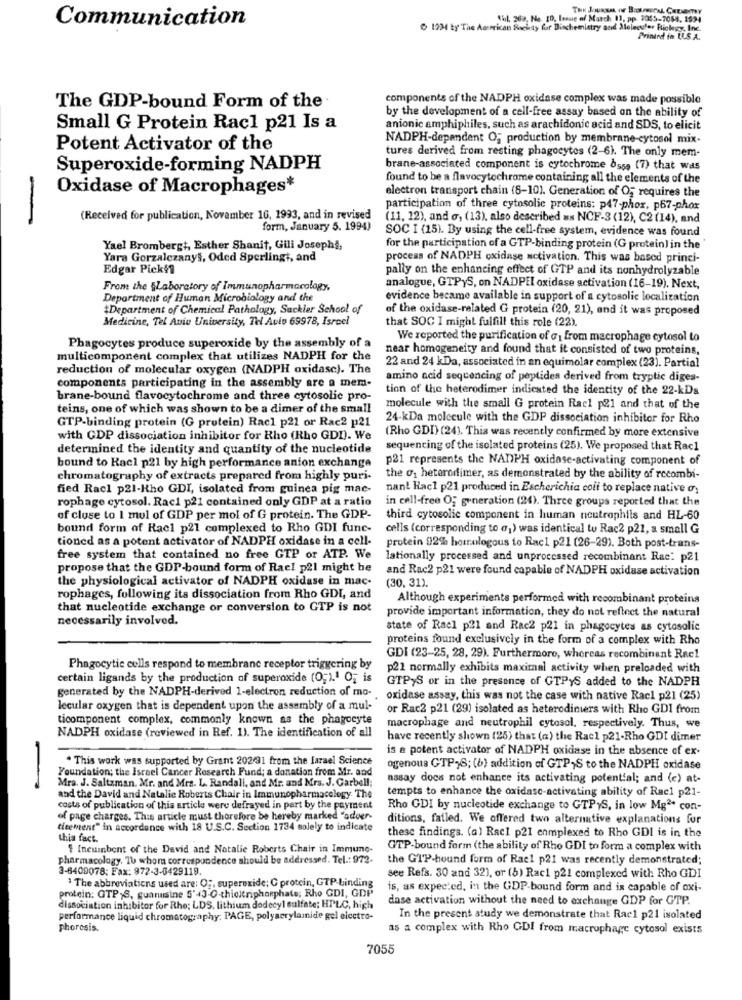
Nul. 269, Ne. [D, Issue of March 11, pp. 2055-7084. 1994
Communication
1234 ty The American Bachty for Dinchemistry and Molecular Biology, Inc.
Prinind in ULS.A.
components of the NADPH oxidase complex was made possible
The GDP-bound Form of the
by the development of a cell-free assay based on the ability of
Small G Protein Racl p21 Is a
anionic amphiphiles, such as arachidonic acid and SDS, to elicit
NADPH-dependent O, production by membrane-cytosol mix.
Potent Activator of the
tures derived from resting phagocytes (2-6). The only mem-
Superoxide-forming NADPH
brane-associated component is cytochrome bsss (7) that was
found to be a flavocytochrome containing all the elements of the
Oxidase of Macrophages*
electron transport chain (8-10). Generation of Og requires the
participation of three cytosolic proteins: p47-phox, p67-phox
-
(Received for publication, November 16, 1993, and in revised
(11, 12), and G, (13), also described as NCF-3 (12), C2 (14), and
form, January 5. 1994)
SOC I (15). By using the cell-free system, evidence was found
Yael Brombergt, Esther Shanit, Gili Joseph§,
for the participation of a GTP-binding protein (G protein) in the
Yara Gorzalczanys, Oded Sperlingt, and
process of NADPH oxidase activation. This was based princi-
Edgar Pickfl
pally on the enhancing effect of GTP and its nonhydrolyzable
From the SLaboratory of Immunopharmacology,
analogue, GTPYS, on NADPEI oxidase activation (16-19). Next,
Department of Human Microbiology and the
evidence became available in support of a cytosolic localization
*Department of Chemical Pathology, Sackler School of
of the oxidase-related G protein (20, 21), and it was proposed
Medicine, Tel Aviv University, Tel Aviv 69978, Israel
that SOC I might fulfill this role (22).
We reported the purification of G1 from macrophage cytosol to
Phagocytes produce superoxide by the assembly of a
near homogeneity and found that it consisted of two proteins,
multicomponent complex that utilizes NADPH for the
reduction of molecular oxygen (NADPH oxidase). The
22 and 24 kDa, associated in an equimolar complex (23). Partial
amino acid sequencing of peptides derived from tryptic diges-
components participating in the assembly are a mem-
tion of the heterodimer indicated the identity of the 22-kDs
brane-bound flavocytochrome and three cytosolic pro-
teins, one of which was shown to be a dimer of the small
molecule with the small G protein Racl p21 and that of the
GTP-binding protein (G protein) Racl p21 or Rac2 p21
24-kDa molecule with the GDP dissociation inhibitor for Rho
with GDP dissociation inhibitor for Rho (Rho GDI). We
(Rho GDI) (24). This was recently confirmed by more extensive
determined the identity and quantity of the nucleotide
sequencing of the isolated proteins (25). We proposed that Racl
p21 represents the NADPH oxidase-activating component of
bound to Racl p21 by high performance anion exchange
chromatography of extracts prepared from highly puri-
the o1 heterodimer, as demonstrated by the ability of recombi-
fied Racl p21-Hho GDI, isolated from guinea pig mae-
nant Hacl p21 produced in Escherichia coli to replace native o
rophage cytosol. Raci p21 contained only GDP at a ratio
in cell-free O; generation (24). Three groups reported that the
of close to I mul of GDP per mol of G protein. The GDP-
third cytosolie component in human neutrophils and HL-60
bound form of Racl p21 complexed to Rho GDI func-
cells (corresponding to o1) was identical to Rac2 p21, a small G
tioned as a potent activator of NADPH oxidase in a cell-
protein 92% homologous to Racl p21 (26-29). Both post-trans-
free system that contained no free GTP or ATP. We
lationally processed and unprocessed recombinant Rac: p21
propose that the GDP-bound form of Rael p21 might be
and Rac2 p21 were found capable of NADPH oxidase activation
the physiological activator of NADPH oxidase in mac-
(30, 31).
rophages, following its dissociation from Rho GDI, and
Although experiments performed with recombinant proteins
that nucleotide exchange or conversion to GTP is not
necessarily involved.
provide important information, they do not reflect the natural
state of Rael p21 and Rac2 p21 in phagocytes as cytosolic
proteins found exclusively in the form of a complex with Rho
GDI (23-25, 28, 29). Furthermore, whereas recombinant Rac1
Phagocytic cells respond to membrane receptor triggering by
p21 normally exhibits maximal activity when preloaded with
certain ligands by the production of superoxide (0;).1 O, is
GTPYS or in the presence of GTPYS added to the NADPH
generated by the NADPH-derived 1-electron reduction of mo-
oxidase assay, this was not the case with native Racl p21 (25)
lecular oxygen that is dependent upon the assembly of a mul-
or Rac2 p21 (29) isolated as heterodiners with Rho GDI from
ticomponent complex, commonly known as the phagocyte
macrophage and neutrophil cytosol, respectively. Thus, we
NADPH oxidase (reviewed in Ref. 1). The identification of all
have recently shown (25) that (a) the Rael p21-Rho GDI dimer
is a potent activator of NADPH oxidase in the absence of ex-
. This work was supported by Grant 202491 from the larael Science
Foundation; the Israel Cancer Research Fund; a donation from Mr. and
ogenous GTP-S; (b) addition of GTP;S to the NADPH oxidase
assay does not enhance its activating potential; and (c) at-
-
Mra. J. Saltzman, Mr. and Mrs. L. Randall, and Mr. and Mrs. J. Garbell;
tempts to enhance the oxidasc-activating ability of Rac1 p21-
and the David and Natalie Roberts Chair in Immunopharmacology. The
costs of publication of this article were defrayed in part by the payment
Rho GDI by nucleotide exchange to GTPYS, in low Mg2* con-
of page charges. This article must therefore be hereby marked "adoer-
ditions, failed. We offered two alternative explanations for
ticement" in accordance with 18 U.S.C. Section 1734 solely to indicate
these findings. (a) Rac1 p21 enmplexed to Rho GDI is in the
this fact.
$ Incumbent of the David and Natalie Roberts Chair in Immune-
GTP-bound form (the ability of Rho GDI to form a complex with
pharmacology. 16 whom correspondence should be addressed. Tel .: 972.
the GTP-bound form of Rael p21 was recently demonstrated;
3-6400078; Fax: 972-3-6429119.
see Refs. 30 and 321, or (5) Raci p21 complexed with Rho GDI
1 The abbreviations used are: O ;, superoxide; G protein, GTP-binding
is, as expected, in the GDP-bound form and is capable of oxi-
protein: GTP;S, guanusine 5'43-O-thioltriphosphate; Rho GDI, GDP
dase activation without the need to exchange GDP for GTP.
dissociation inhibitor for Rhe; LDS, lithium dodecyl sulfate; HPLC, high
performance liquid chromatography. PAGE, polyacrylamide gel electro-
In the present study we demonstrate that Rac1 p21 isolated
phoresis.
as a complex with Rho CDI from macrophage cytosol exists
7055